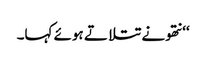
‘‘ نتھو نے تتلاتے ہوئے کہا۔